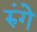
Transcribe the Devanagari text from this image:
रुंगे